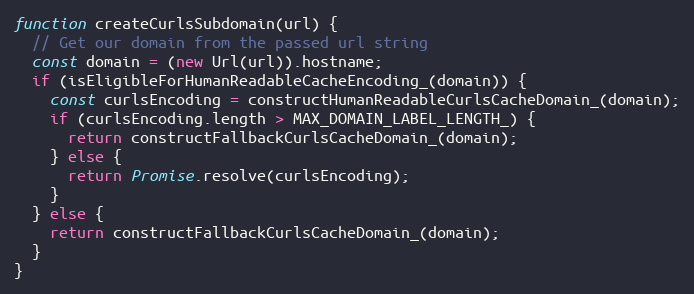
Language: JavaScript
function createCurlsSubdomain(url) {
  // Get our domain from the passed url string
  const domain = (new Url(url)).hostname;
  if (isEligibleForHumanReadableCacheEncoding_(domain)) {
    const curlsEncoding = constructHumanReadableCurlsCacheDomain_(domain);
    if (curlsEncoding.length > MAX_DOMAIN_LABEL_LENGTH_) {
      return constructFallbackCurlsCacheDomain_(domain);
    } else {
      return Promise.resolve(curlsEncoding);
    }
  } else {
    return constructFallbackCurlsCacheDomain_(domain);
  }
}